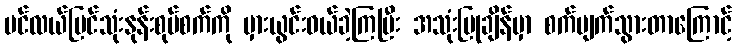
ပင်လယ်ပြင်သုံးနုန်းစုပ်စက်ကို မှားယွင်းဝယ်ခဲ့ကြပြီး အသုံးပြုချိန်မှာ စက်ပျက်သွားတာကြောင့်